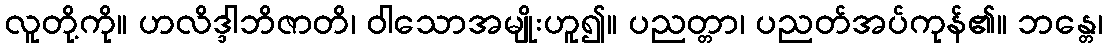
လူတို့ကို။ ဟလိဒ္ဒါဘိဇာတိ၊ ဝါသောအမျိုးဟူ၍။ ပညတ္တာ၊ ပညတ်အပ်ကုန်၏။ ဘန္တေ၊